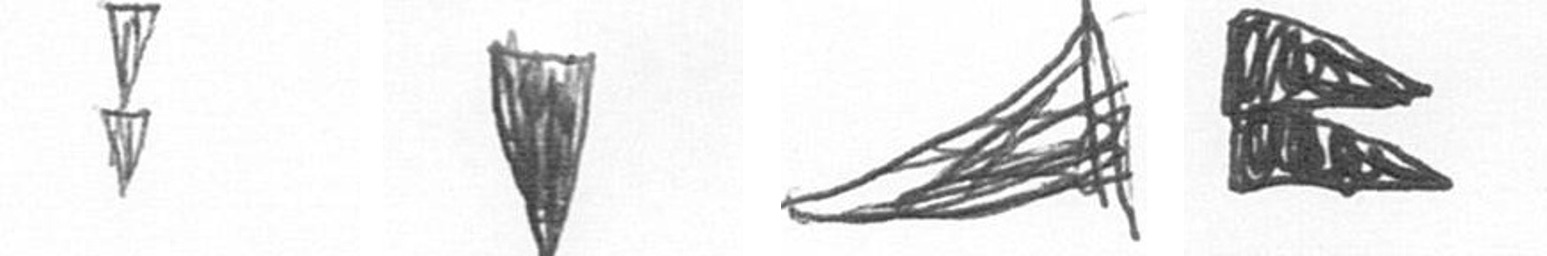
Z J O P